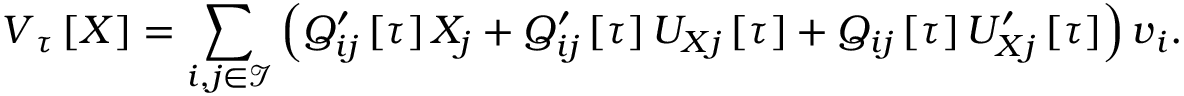
\boldsymbol { V } _ { \u { \tau } } \left[ \boldsymbol { X } \right] = \sum _ { i , j \in \mathcal { I } } \left( Q _ { i j } ^ { \prime } \left[ \tau \right] X _ { j } + Q _ { i j } ^ { \prime } \left[ \tau \right] U _ { X j } \left[ \tau \right] + Q _ { i j } \left[ \tau \right] U _ { X j } ^ { \prime } \left[ \tau \right] \right) \boldsymbol { v } _ { i } .